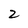
Character: 2